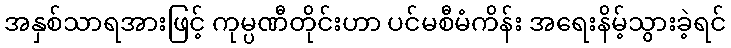
အနှစ်သာရအားဖြင့် ကုမ္ပဏီတိုင်းဟာ ပင်မစီမံကိန်း အရေးနိမ့်သွားခဲ့ရင်